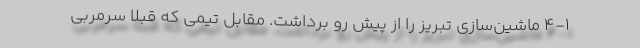
4-1 ماشین‌سازی تبریز را از پیش رو برداشت. مقابل تیمی که قبلاً سرمربی